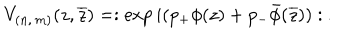
LaTeX: V _ { ( n , \, m ) } ( z , \overline { { { z } } } ) = : \exp i ( p _ { + } \phi ( z ) + p _ { - } \bar { \phi } ( \overline { { { z } } } ) ) : \: .